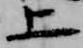
上